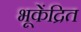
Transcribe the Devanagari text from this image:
भूकेंद्रित